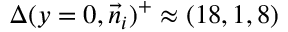
\Delta ( y = 0 , \vec { n } _ { i } ) ^ { + } \approx ( 1 8 , 1 , 8 )